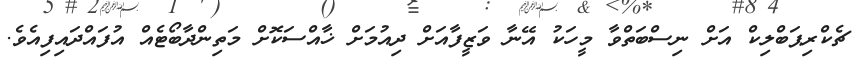
ޗެކްރިޕަބްލިކް އަށް ނިސްބަތްވާ މީހަކު އޭނާ ވަޒީފާއަށް ދިއުމަށް ޚާއްސަކޮށް މަތިންދާބޯޓެއް އުފައްދައިފިއެވެ.